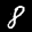
Label: 8